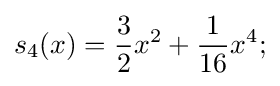
s_{4}(x)={\frac {3}{2}}x^{2}+{\frac {1}{16}}x^{4};